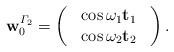
LaTeX: \begin{align*}\mathbf{w}_{0}^{\varGamma_{2}}=\left(\begin{array}{c}\begin{array}{c}\cos\omega_{1}\mathbf{t}_{1}\end{array}\\\cos\omega_{2}\mathbf{t}_{2}\end{array}\right).\end{align*}